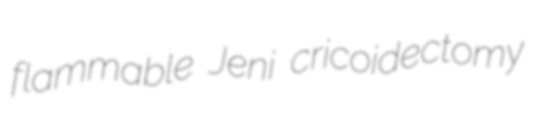
flammable Jeni cricoidectomy